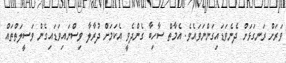
ވަރަށް ރަނގަޅަށް ދެނެވަޑައިގަންނަވައެވެ. އެމާތް ސާހިބާ ގެންދެވީ އެކަމަށް ދުރާލާ ވިސްނައިވަޑައިގެން ވަސީލަތްތައް